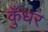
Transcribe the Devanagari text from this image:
कुँधर